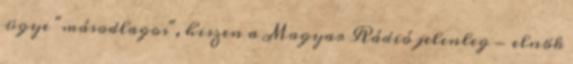
ügye "másodlagos", hiszen a Magyar Rádió jelenleg - elnök